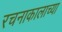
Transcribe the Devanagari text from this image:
रचनाकालाच्या